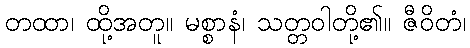
တထာ၊ ထို့အတူ။ မစ္စာနံ၊ သတ္တဝါတို့၏။ ဇီဝိတံ၊